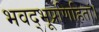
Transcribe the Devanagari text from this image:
भवद्भूप्रणिहितां।